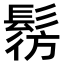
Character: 𩭔